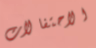
الاحتفالات